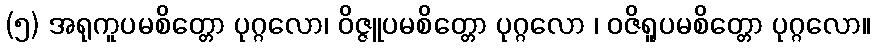
(၅) အရုကူပမစိတ္တော ပုဂ္ဂလော၊ ဝိဇ္ဇူပမစိတ္တော ပုဂ္ဂလော ၊ ဝဇိရူပမစိတ္တော ပုဂ္ဂလော။